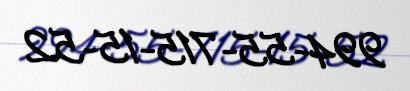
994-55-715-15-52